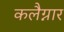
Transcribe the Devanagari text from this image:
कलैग्नार